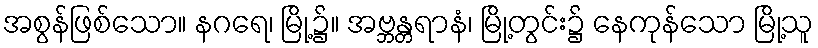
အစွန်ဖြစ်သော။ နဂရေ၊ မြို့၌။ အဗ္ဘန္တရာနံ၊ မြို့တွင်း၌ နေကုန်သော မြို့သူ